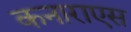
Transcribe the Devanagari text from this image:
कनाराएस